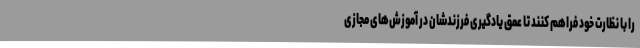
را با نظارت خود فراهم کنند تا عمق یادگیری فرزندشان در آموزش‌های مجازی